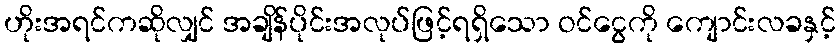
ဟိုးအရင်ကဆိုလျှင် အချိန်ပိုင်းအလုပ်ဖြင့်ရရှိသော ဝင်ငွေကို ကျောင်းလခနှင့်